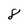
Character: 8